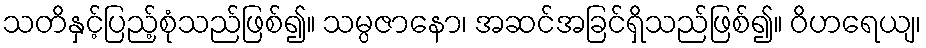
သတိနှင့်ပြည့်စုံသည်ဖြစ်၍။ သမ္ပဇာနော၊ အဆင်အခြင်ရှိသည်ဖြစ်၍။ ဝိဟရေယျ၊